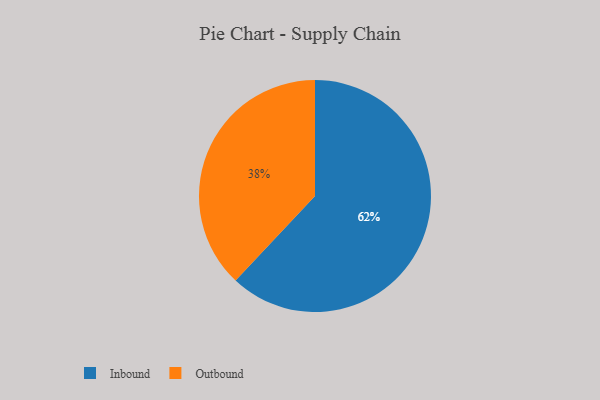
{"axis": {"x": "Category", "y": "Percentage"}, "legend": ["Inbound", "Outbound"], "data": [{"x": "Outbound", "y": 38, "type": "Outbound"}, {"x": "Inbound", "y": 62, "type": "Inbound"}]}